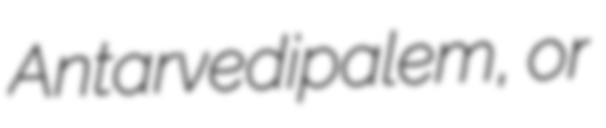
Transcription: Antarvedipalem, or